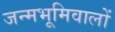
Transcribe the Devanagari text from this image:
जन्मभूमिवालों